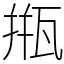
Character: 甁